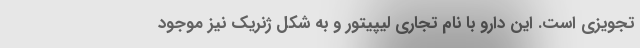
تجویزی است. این دارو با نام تجاری لیپیتور و به شکل ژنریک نیز موجود